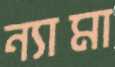
ন্যামা